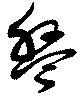
盤